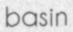
basin